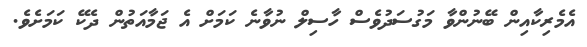
އެމެރިކާއިން ބޭނުންވާ މަގުސަދުވެސް ހާސިލް ނުވާނެ ކަމަށް އެ ޖަމާއަތުން ދެކޭ ކަމަށެވެ.